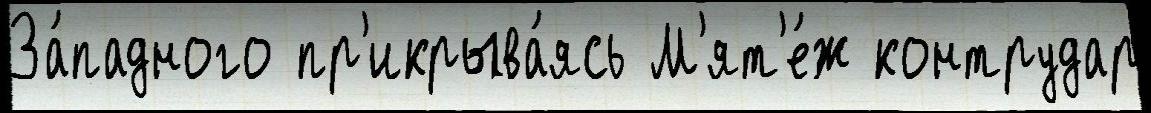
За́падного пр'икрыва́ясь М'ят'е́ж контрудар